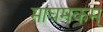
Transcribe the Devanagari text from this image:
माघमकम्